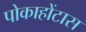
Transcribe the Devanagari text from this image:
पोकाहोंटास